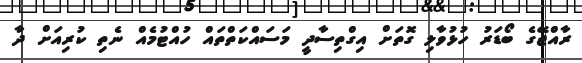
ރާއްޖޭގެ ބޯޑަރު ހުޅުވާލި ގޮތަށް އިގްތިސާދީ މަސައްކަތްތައް ހުއްޓުމެއް ނެތި ކުރިއަށް ދާ